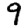
Digit: 9